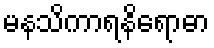
မနသိကာရနိရောဓာ